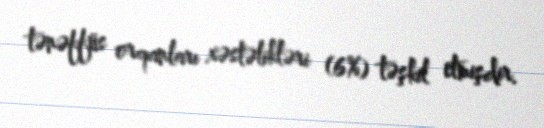
tənəffüs orqanları xəstəlikləri (6%) təşkil etmişdir.